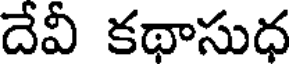
దేవీ కథాసుధ